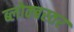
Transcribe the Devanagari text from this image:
ब्लोक्बस्तर